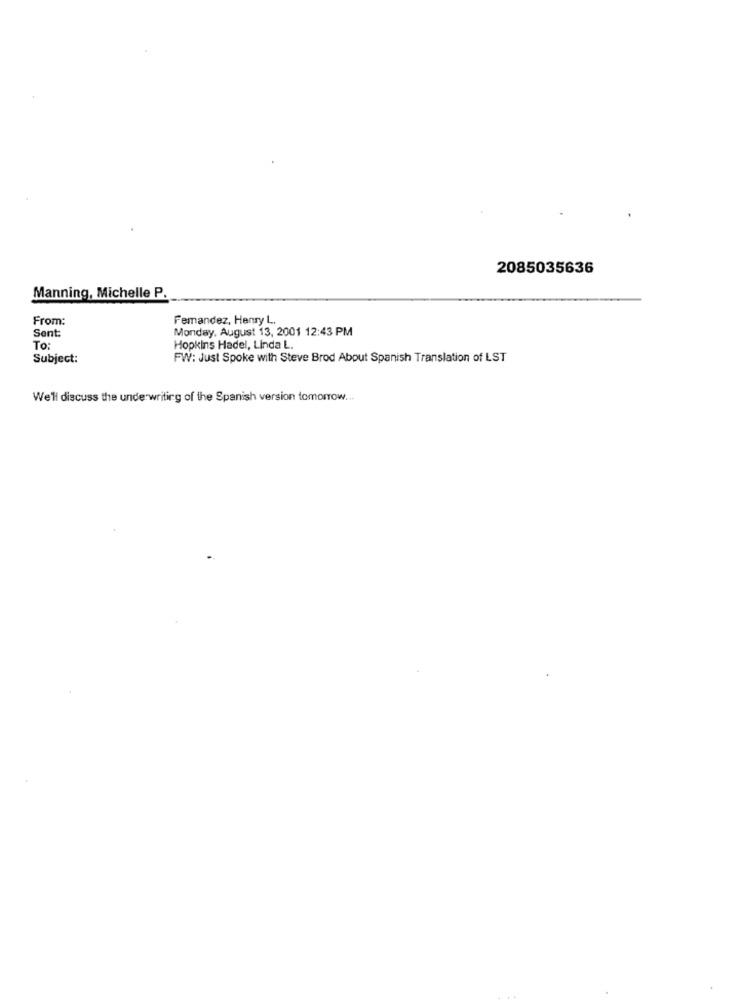
2085035636
Manning, Michelle P.
From:
Femandez, Henry L.
Sent:
Monday, August 13, 2001 12:43 PM
To:
Hopkins Hadel, Linda L.
Subject:
FW: Just Spoke with Steve Brod About Spanish Translation of LST
We'll discuss the underwriting of the Spanish version tomorrow ...